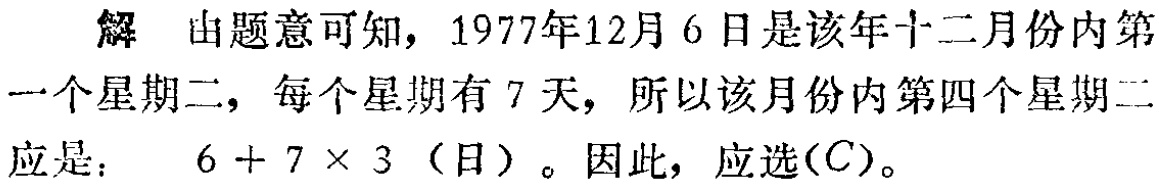
解 由题意可知，1977年12月6日是该年十二月份内第一个星期二，每个星期有7天，所以该月份内第四个星期二应是： \(6 + 7\times 3\)（日）。因此，应选\((C)\)。